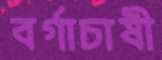
বর্গাচাষী